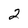
Character: 2